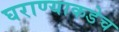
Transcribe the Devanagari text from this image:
घराण्याकडेच